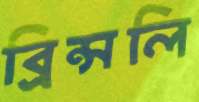
ব্রিন্সলি